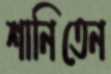
শানিতেন